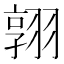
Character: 𮋈